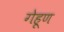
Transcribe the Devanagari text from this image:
गेहूण